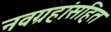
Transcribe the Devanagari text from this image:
नवग्रहांसहित